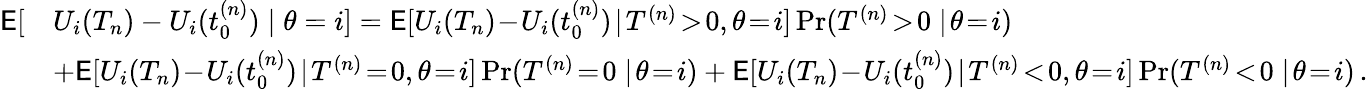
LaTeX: \begin{array}{rl}{\mathsf{E}[}&{U_{i}(T_{n})-U_{i}(t_{0}^{(n)})\mid\theta=i]=\mathsf{E}[U_{i}(T_{n})\! -\! U_{i}(t_{0}^{(n)})\! \mid\! T^{(n)}\! >\! 0,\theta\! =\! i]\operatorname*{Pr}(T^{(n)}\! >\! 0\mid\! \theta\! =\! i)}\\ &{+\mathsf{E}[U_{i}(T_{n})\! -\! U_{i}(t_{0}^{(n)})\! \mid\! T^{(n)}\! =\! 0,\theta\! =\! i]\operatorname*{Pr}(T^{(n)}\! =\! 0\mid\! \theta\! =\! i)+\mathsf{E}[U_{i}(T_{n})\! -\! U_{i}(t_{0}^{(n)})\! \mid\! T^{(n)}\! <\! 0,\theta\! =\! i]\operatorname*{Pr}(T^{(n)}\! <\! 0\mid\! \theta\! =\! i)\, .}\end{array}